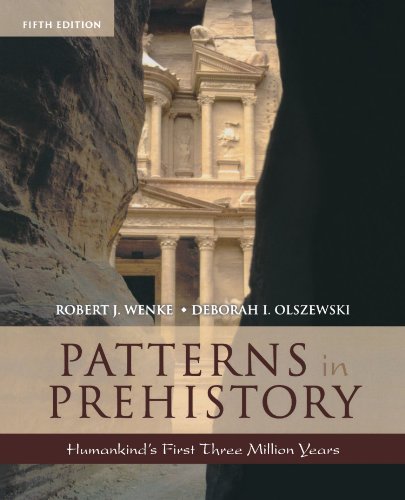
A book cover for Patterns in Prehistory: Humankind's First Three Million Years, 5th Edition (Casebooks in Criticism); Robert J. Wenke; History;